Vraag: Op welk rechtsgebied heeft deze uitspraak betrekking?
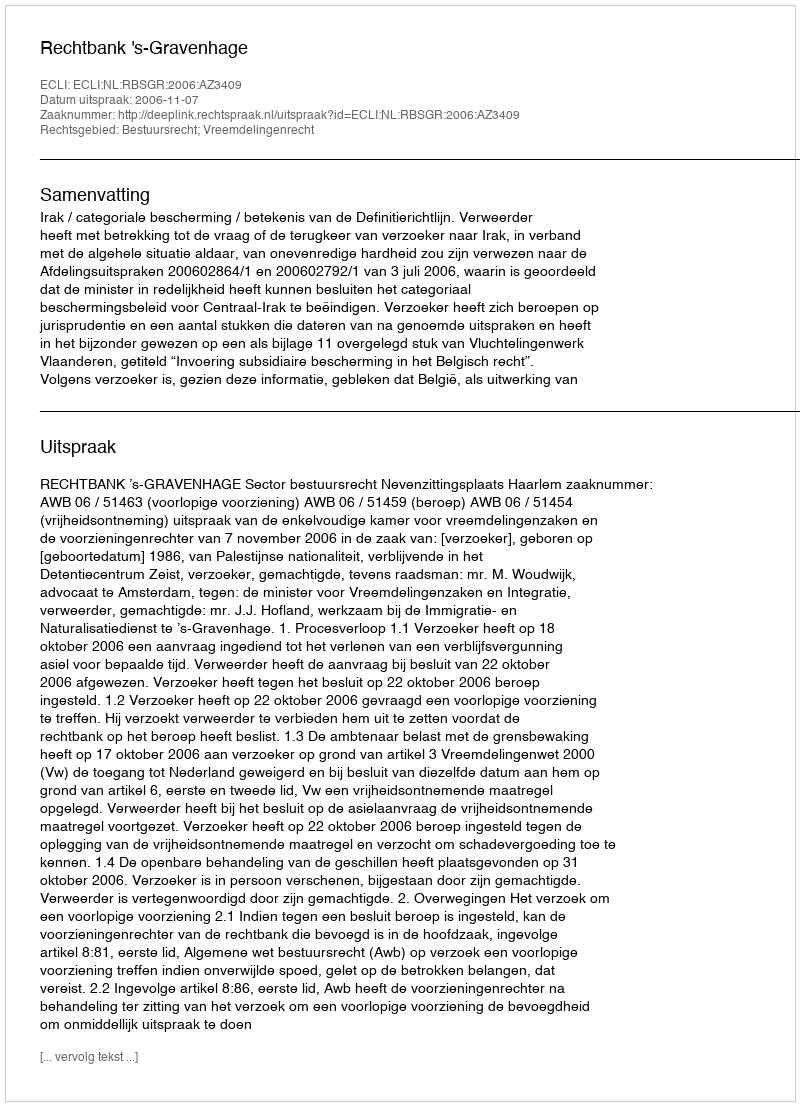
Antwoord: Bestuursrecht; Vreemdelingenrecht